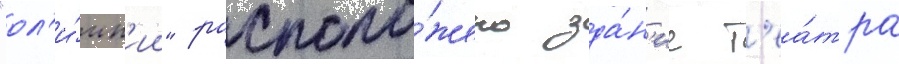
"ол'и́мп'ии" располо́жено зда́н'ие т'еа́тра